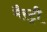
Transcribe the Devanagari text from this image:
मैस्ट्री